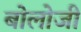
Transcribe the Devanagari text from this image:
बोलोजी